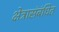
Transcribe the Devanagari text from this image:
क्षेत्रासंबंधित